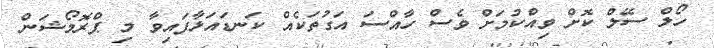
ހޯލް ސޭލް ކޮށް ވިއްކުމަށް ވެސް ހާއްސަ އަގުތަކެއް ކަނޑައަޅާފައިވާ މި ޕްރޮމޯޝަން